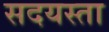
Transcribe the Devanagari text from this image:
सदयस्ता